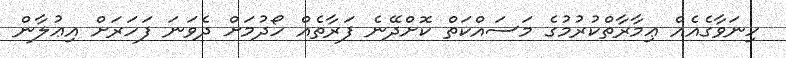
ހިނަވާގެއެއް ޢިމާރާތްކުރުމުގެ މަސައްކަތް ކޮށްދޭނެ ފަރާތެއް ހޯދުމަށް ދެވަނަ ފަހަރަށް އިޢުލާން